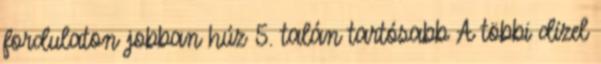
fordulaton jobban húz 5. talán tartósabb A többi dízel